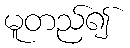
မူတည်၍